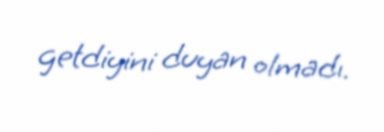
getdiyini duyan olmadı.